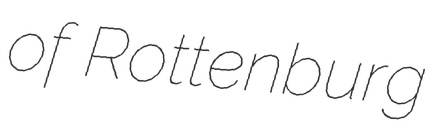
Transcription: of Rottenburg